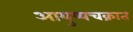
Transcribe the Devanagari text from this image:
आयुष्यचक्रात